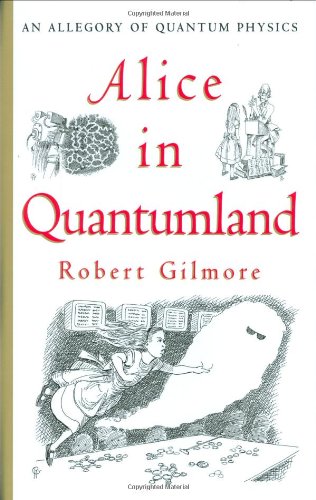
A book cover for Alice in Quantumland: An Allegory of Quantum Physics; Robert Gilmore; Science & Math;